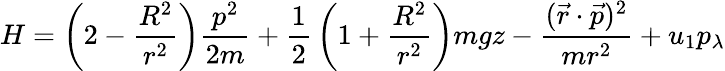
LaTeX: H=\left(2-{\frac{R^{2}}{r^{2}}}\right){\frac{p^{2}}{2m}}+{\frac{1}{2}}\left(1+{\frac{R^{2}}{r^{2}}}\right)mgz-{\frac{({\vec{r}}\cdot{\vec{p}})^{2}}{mr^{2}}}+u_{1}p_{\lambda}